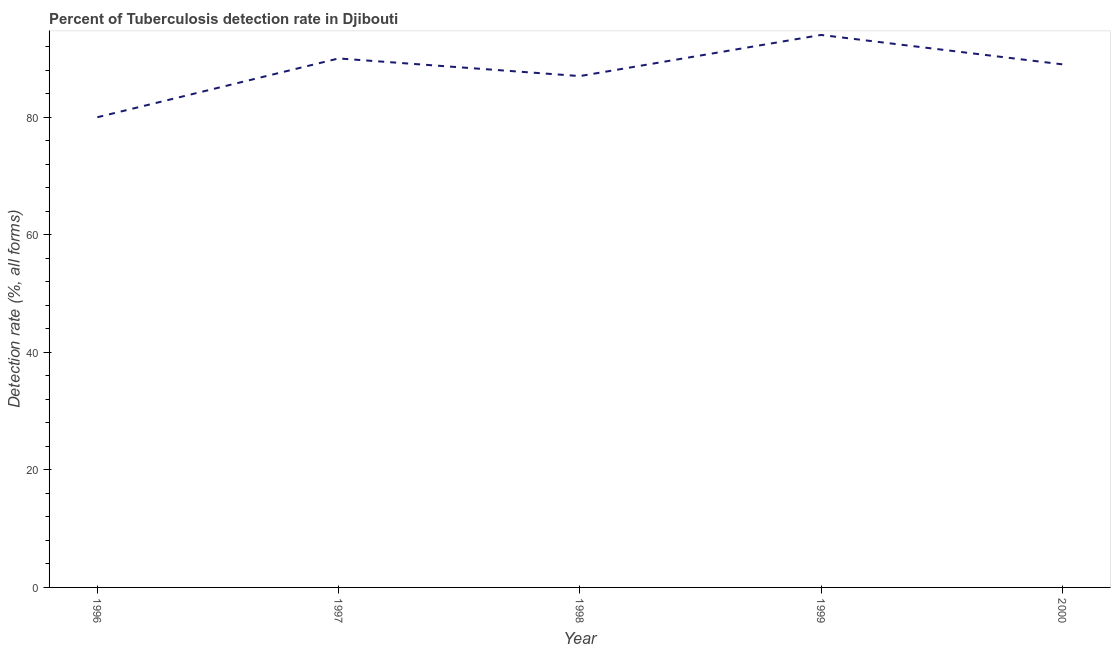
| Year | Tuberculosis case detection rate |
 | --- | --- |
 | 1996 | 80 |
 | 1997 | 90 |
 | 1998 | 87 |
 | 1999 | 94 |
 | 2000 | 89 |